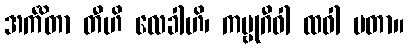
အင်္ကိတာ တီဟိ လေခါဟိ၊ ကမ္ဗုဂီဝါ ထဝါ မတာ။